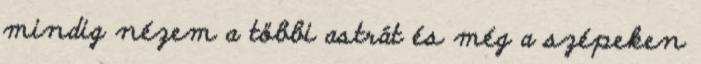
mindig nézem a többi astrát és még a szépeken